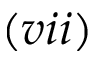
( v i i )